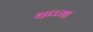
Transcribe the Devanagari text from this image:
थप्प्या